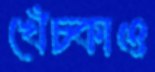
খেঁচ্‌কাও